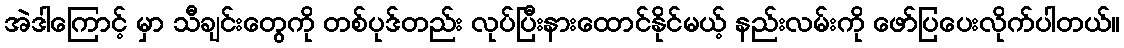
အဲဒါကြောင့် မှာ သီချင်းတွေကို တစ်ပုဒ်တည်း လုပ်ပြီးနားထောင်နိုင်မယ့် နည်းလမ်းကို ဖော်ပြပေးလိုက်ပါတယ်။